Scientific memoirs by medical officers of the Army of India - Part XII,
Year: 1901
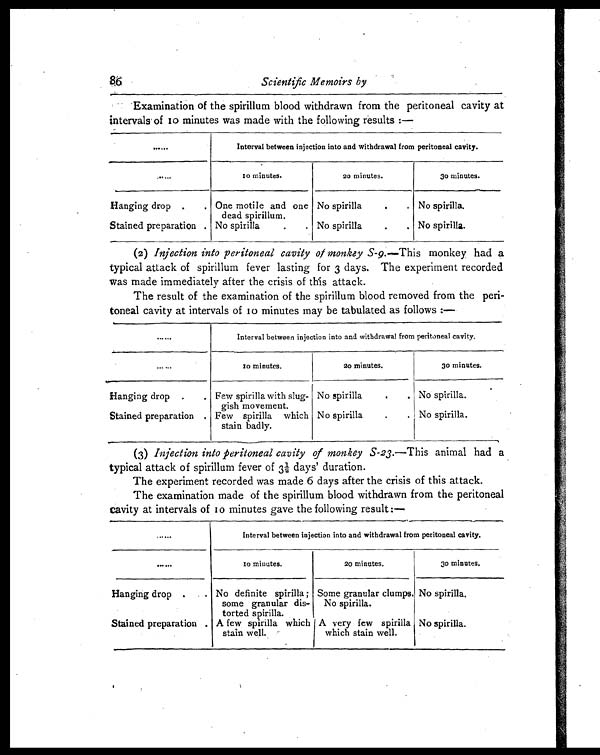
86
Scientific Memoirs by
Examination of the spirillum blood withdrawn from the peritoneal cavity at
intervals of 10 minutes was made with the following results :—
. . . . . .
Interval between injection into and withdrawal from peritoneal cavity.
. . . . . .
10 minutes.
20 minutes.
30 minutes.
Hanging drop .
. One motile and one
dead spirillum.
No spirilla.
No spirilla.
Stained preparation . No spirilla. . No spirilla
. . No spirilla.
(2) Injection into peritoneal cavity of monkey S-9.— This monkey had a
typical attack of spirillum fever lasting for 3 days. The experiment recorded
was made immediately after the crisis of this attack.
The result of the examination of the spirillum blood removed from the peri-
toneal cavity at intervals of 10 minutes may be tabulated as follows :—
......
Interval between injection into and withdrawal from peritoneal cavity.
. . . . . .
10 minutes.
20 minutes.
3o minutes.
Hanging drop
.
. Few spirilla with slug-
gish movement.
No spirilla
. .
No spirilla.
Stained preparation. . Few spirilla which
stain badly.
No spirilla
. . No spirilla.
(3) Injection into peritoneal cavity of monkey S-23. —This animal had a
typical attack of spirillum fever of 3½ days' duration.
The experiment recorded was made 6 days after the crisis of this attack.
The examination made of the spirillum blood withdrawn from the peritoneal
cavity at intervals of 10 minutes gave the following result
:—
. . . . . .
Interval between injection into and withdrawal from peritoneal cavity.
. . . . . .
10 minutes.
20 minutes.
30 minutes.
Hanging drop. . . No definite spirilla ;
some granular dis-
torted spirilla.
Some granular clumps.
No spirilla.
No spirilla.
Stained preparation . A few spirilla which
stain well.
A very few spirilla
which stain well.
No spirilla.